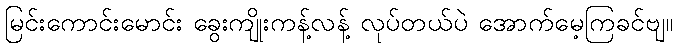
မြင်းကောင်းမောင်း ခွေးကျိုးကန့်လန့် လုပ်တယ်ပဲ အောက်မေ့ကြခင်ဗျ။